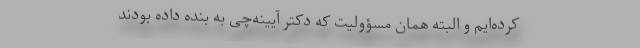
کرده‌ایم و البته همان مسؤولیت که دکتر آیینه‌چی به بنده داده بودند